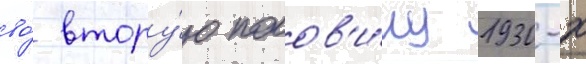
во́ втору́ю полов'и́ну 1930-х